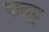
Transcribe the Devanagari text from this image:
दातुह्